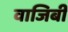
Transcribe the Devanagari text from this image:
वाजिबी